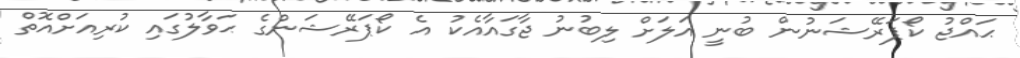
ޙައްޖު ކޯޕަރޭޝަނުން ބުނީ އަލަށް ލިބުނު ޖާގައާއެކު އެ ކޯޕަރޭޝަންގެ ޙަވާލުގައި ކުރިއަށްއޮތް